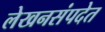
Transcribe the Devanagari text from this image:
लेखनसंपदेत